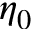
\eta _ { 0 }